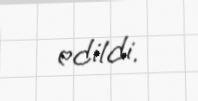
edildi.